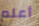
أعلم